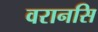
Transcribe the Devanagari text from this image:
वरानसि